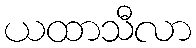
ယထာသီလာ